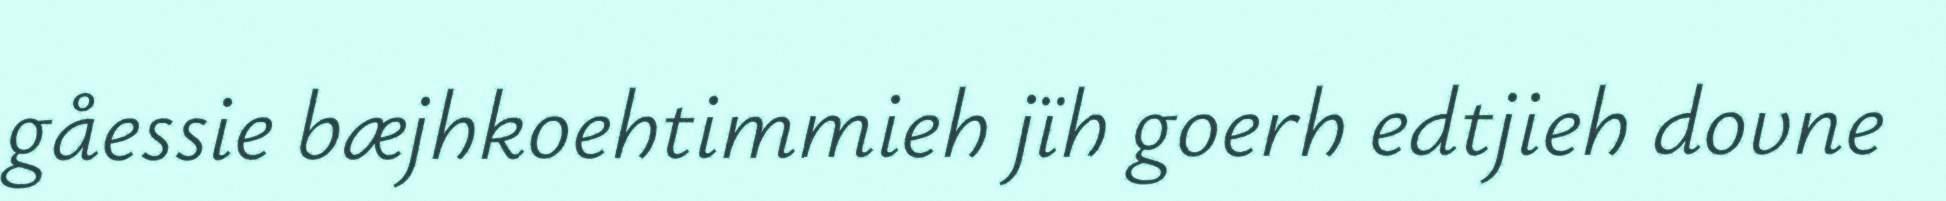
gåessie bæjhkoehtimmieh jïh goerh edtjieh dovne